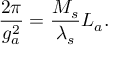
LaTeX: \frac { 2 \pi } { g _ { a } ^ { 2 } } = \frac { M _ { s } } { \lambda _ { s } } L _ { a } .